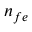
n _ { f e }